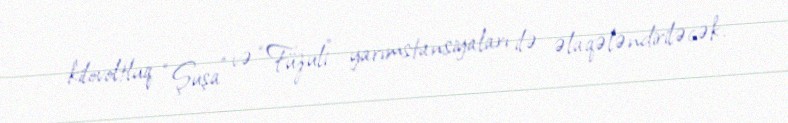
kilovoltluq “Şuşa” və “Füzuli” yarımstansiyaları ilə əlaqələndiriləcək.